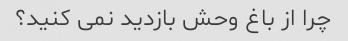
چرا از باغ وحش بازدید نمی کنید؟